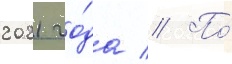
2021 го́да // По́